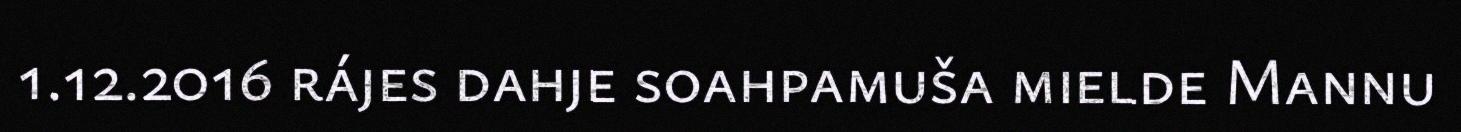
1.12.2016 rájes dahje soahpamuša mielde Mannu